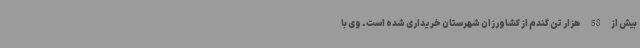
بیش از 58 هزار تن گندم از کشاورزان شهرستان خریداری شده است. وی با